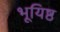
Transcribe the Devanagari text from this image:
भूयिष्ठ